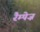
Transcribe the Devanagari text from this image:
रैम्पेज़